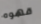
قهوه